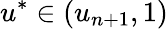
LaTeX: u^{*}\in(u_{n+1},1)